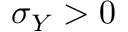
\sigma _ { Y } > 0